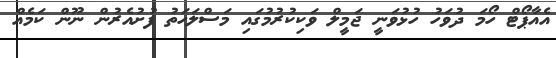
އެއާޕޯޓް ހޯމަ ދުވަހު ހުޅުވަނީ ޖަމީލް ވަކިކުރުމުގައި މަސްލަހަތު ފުށުއެރުން ނޫން ކަމެއް